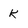
Character: k